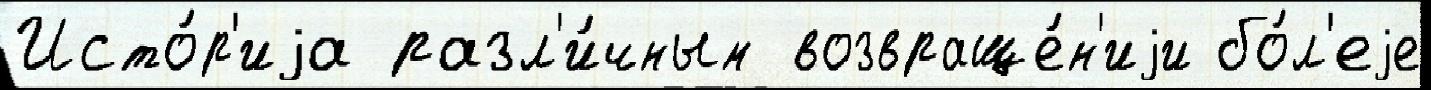
Исто́р'иjа разл'и́чным возвраще́н'иjи бо́л'еjе